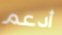
أدعم